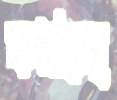
কমাচ্ছে